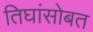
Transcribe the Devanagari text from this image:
तिघांसोबत